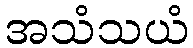
အသံသယံ